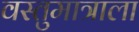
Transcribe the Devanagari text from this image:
वस्तुमात्राला